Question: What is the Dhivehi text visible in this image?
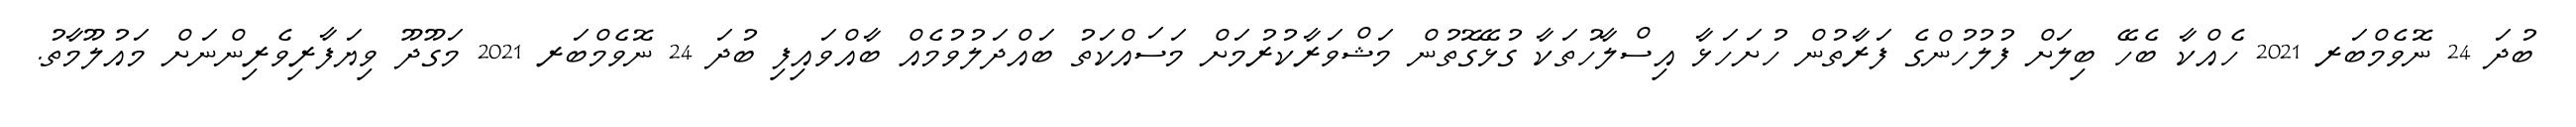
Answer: ބުދަ 24 ނޮވެމްބަރ 2021 ހެއްކާ ބެހޭ ބިލަށް ފުލުހުންގެ ފަރާތުން ހުށަހަޅާ އިސްލާހުތަކާ ގުޅޭގޮތުން މަޝްވަރާކުރުމަށް މަސައްކަތު ބައްދަލުވުމެއް ބާއްވައިފި ބުދަ 24 ނޮވެމްބަރ 2021 މަގޫދޫ ވިޔަފާރިވެރިންނަށް މައުލޫމާތު.